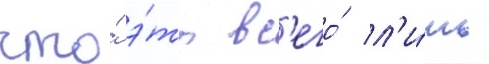
что́ э́то вс'его́ л'и́шь